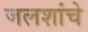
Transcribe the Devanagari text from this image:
जलशांचे